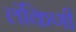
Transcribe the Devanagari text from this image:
लंकिणी